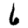
Digit: 6